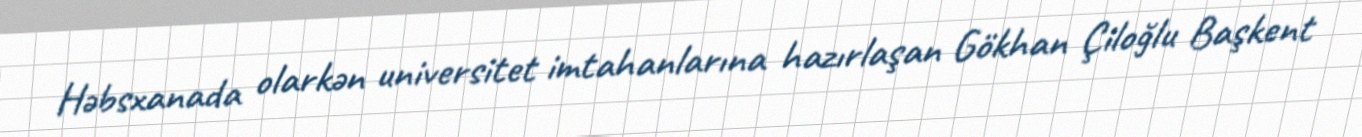
Həbsxanada olarkən universitet imtahanlarına hazırlaşan Gökhan Çiloğlu Başkent